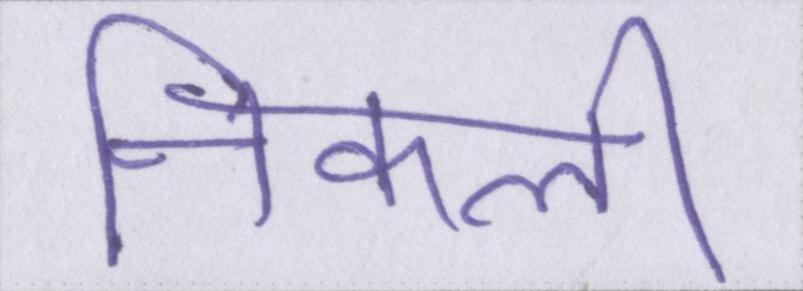
निकली